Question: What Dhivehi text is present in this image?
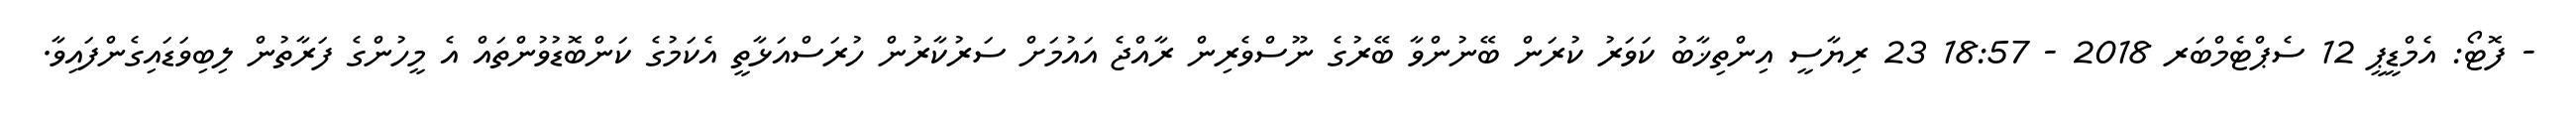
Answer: - ފޮޓޯ: އެމްޑީޕީ 12 ސެޕްޓެމްބަރ 2018 - 18:57 23 ރިޔާސީ އިންތިޚާބު ކަވަރު ކުރަން ބޭނުންވާ ބޭރުގެ ނޫސްވެރިން ރާއްޖެ އައުމަށް ސަރުކާރުން ހުރަސްއަޅާތީ އެކަމުގެ ކަންބޮޑުވުންތައް އެ މީހުންގެ ފަރާތުން ލިބިވަޑައިގެންފައިވާ.